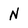
Character: N